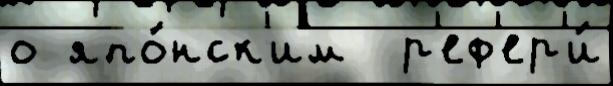
о япо́нск'им  р'еф'ер'и́